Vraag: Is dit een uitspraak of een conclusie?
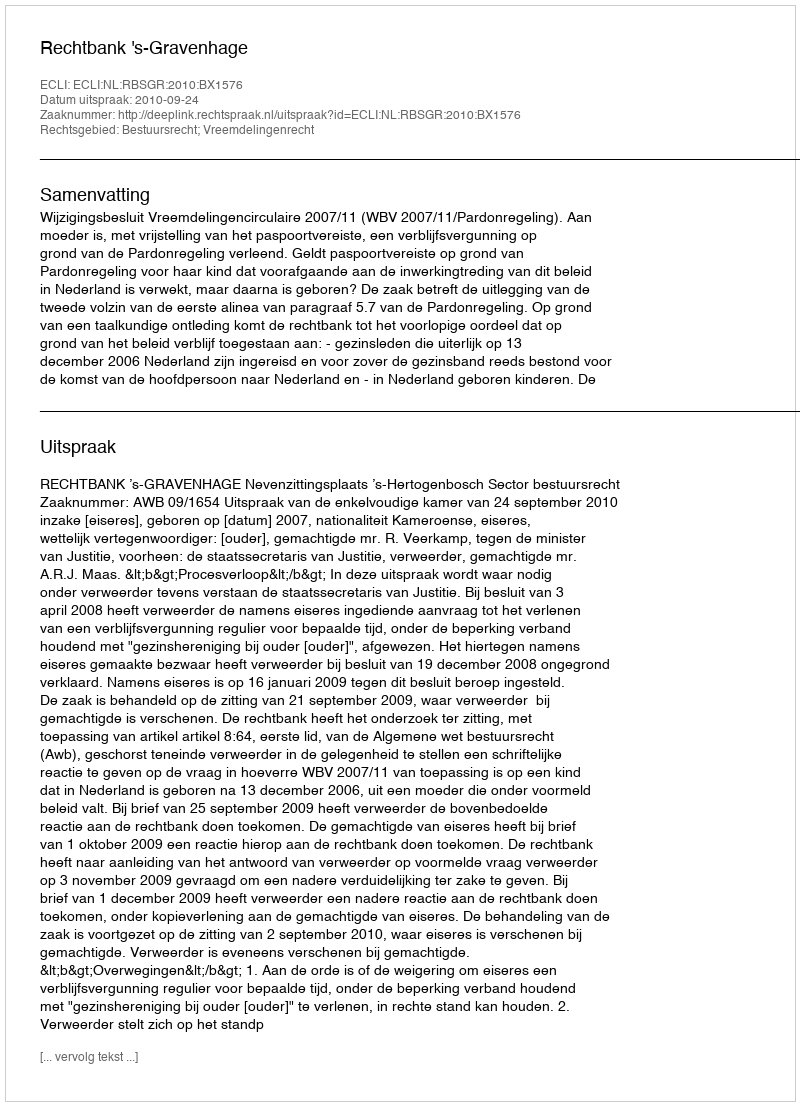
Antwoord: Uitspraak